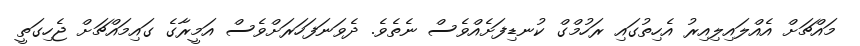
މައްޗަށް އެއްލައިލިއިރު އެހިތުގައި ރަހުމްގް ކުނޑިފަށެއްވެސް ނެތެވެ. ދެވަނަފަހަރަށްވެސް އަމީރާގެ ގައިމައްޗަށް ޖެހިގަތީ